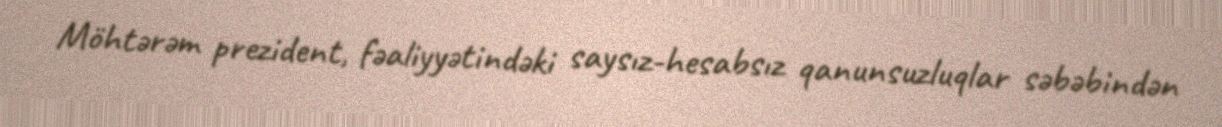
Möhtərəm prezident, fəaliyyətindəki saysız-hesabsız qanunsuzluqlar səbəbindən